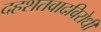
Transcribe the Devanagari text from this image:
दहशतवादविरोधी